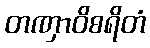
တဏှာဝိစရိတံ